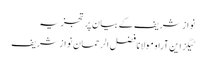
نواز شریف کے بیان پر تجزیہ
ٹیگز این آراو مولانا فضل الرحمان نواز شریف